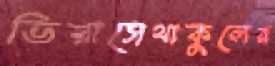
ভিরাসেথাকুলের